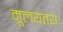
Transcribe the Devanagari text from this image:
मूलयतयः